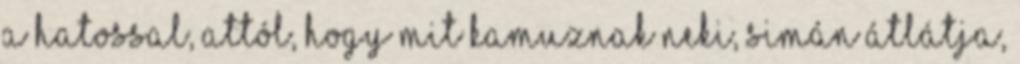
a hatossal, attól, hogy mit kamuznak neki, simán átlátja,